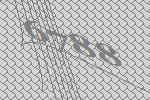
6788